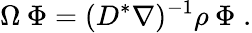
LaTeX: \Omega\: \Phi=(D^{*}\nabla)^{-1}\rho\: \Phi\; .